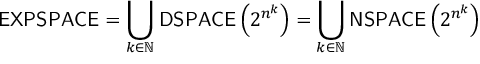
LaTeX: { \mathsf { E X P S P A C E } } = \bigcup _ { k \in \mathbb { N } } { \mathsf { D S P A C E } } \left( 2 ^ { n ^ { k } } \right) = \bigcup _ { k \in \mathbb { N } } { \mathsf { N S P A C E } } \left( 2 ^ { n ^ { k } } \right)